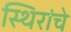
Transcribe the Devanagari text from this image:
स्थिरांचे